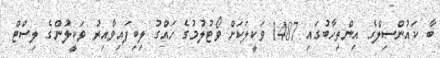
ބާ ކައުންސިލްގެ އިންތިހާބުގައި 1487 ވަކީލަކަށް ވޯޓުލުމުގެ ހައްގު ލިބިފައިވާއިރު ވަކީލުންގެ ލިސްޓް